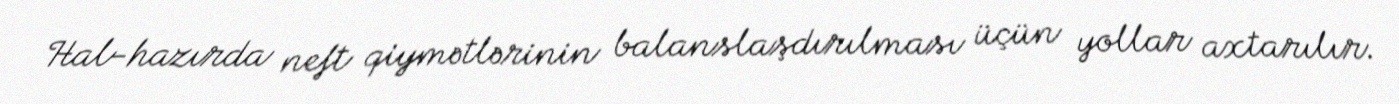
Hal-hazırda neft qiymətlərinin balanslaşdırılması üçün yollar axtarılır.